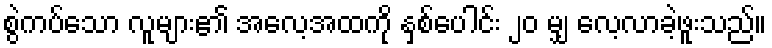
စွဲကပ်သော လူများ၏ အလေ့အထကို နှစ်ပေါင်း ၂၀ မျှ လေ့လာခဲ့ဖူးသည်။